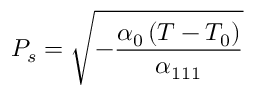
P _ { s } = { \sqrt { - { \frac { \alpha _ { 0 } \left( T - T _ { 0 } \right) } { \alpha _ { 1 1 1 } } } } }